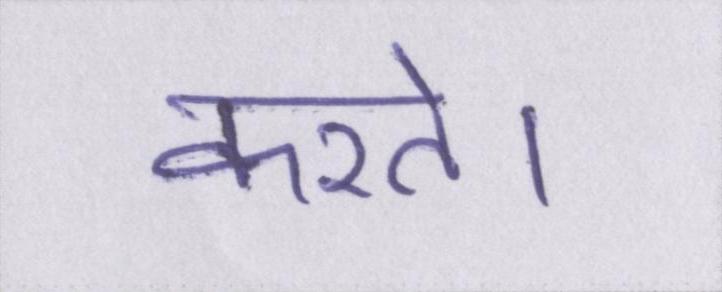
करते।